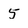
Character: 5